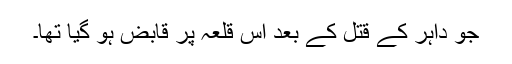
جو داہر کے قتل کے بعد اس قلعہ پر قابض ہو گیا تھا۔